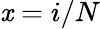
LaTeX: \mathit{x}=i/N